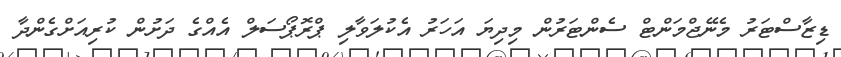
ޑިޒާސްޓަރު މެނޭޖްމަންޓް ސެންޓަރުން މިދިޔަ އަހަރު އެކުލަވާލި ޕްރޮޕޯސަލް އެއްގެ ދަށުން ކުރިއަށްގެންދާ